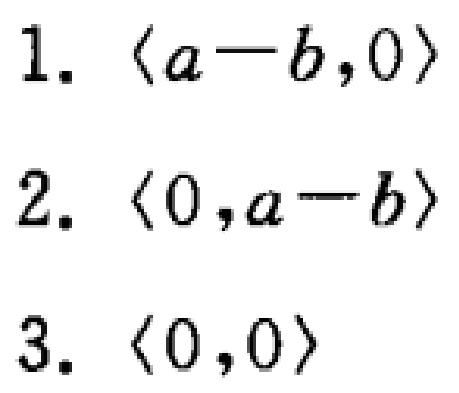
1. $\langle a - b,0\rangle$
2. $\langle 0,a - b\rangle$
3. $\langle 0,0\rangle$